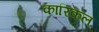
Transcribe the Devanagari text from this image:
कारिकल